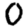
Digit: 0